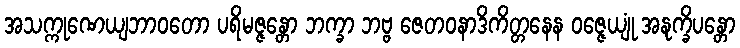
အသက္ကုဏေယျဘာဝတော ပရိမဇ္ဇန္တော ဘက္ခာ ဘဗ္ဗ ဇေတဝနာဒိကိတ္တနေန ဝဇ္ဇေယျုံ အနုက္ခိပန္တော